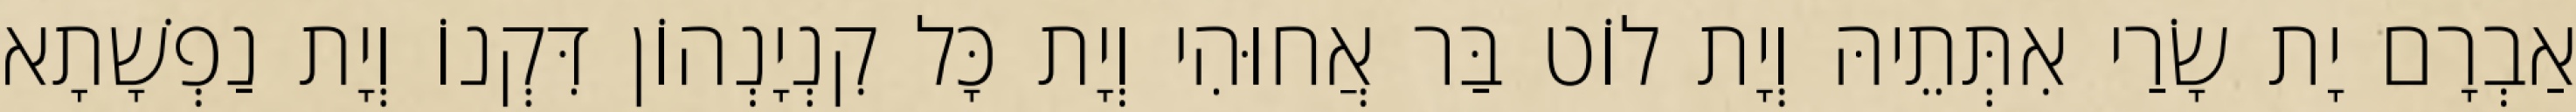
אַבְרָם יָת שָׂרַי אִתְּתֵיהּ וְיָת לוֹט בַּר אֲחוּהִי וְיָת כָּל קִנְיָנְהוֹן דִּקְנוֹ וְיָת נַפְשָׁתָא